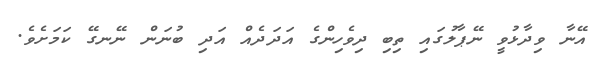
އޭނާ ވިދާޅުވީ ނޭޕާލުގައި ތިބި ދިވެހިންގެ އަދަދެއް އަދި ބުނަން ނޭނގޭ ކަމަށެވެ.